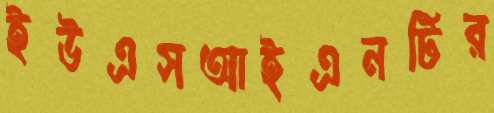
ইউএসআইএনটির